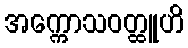
အက္ကောသဝတ္ထူဟိ